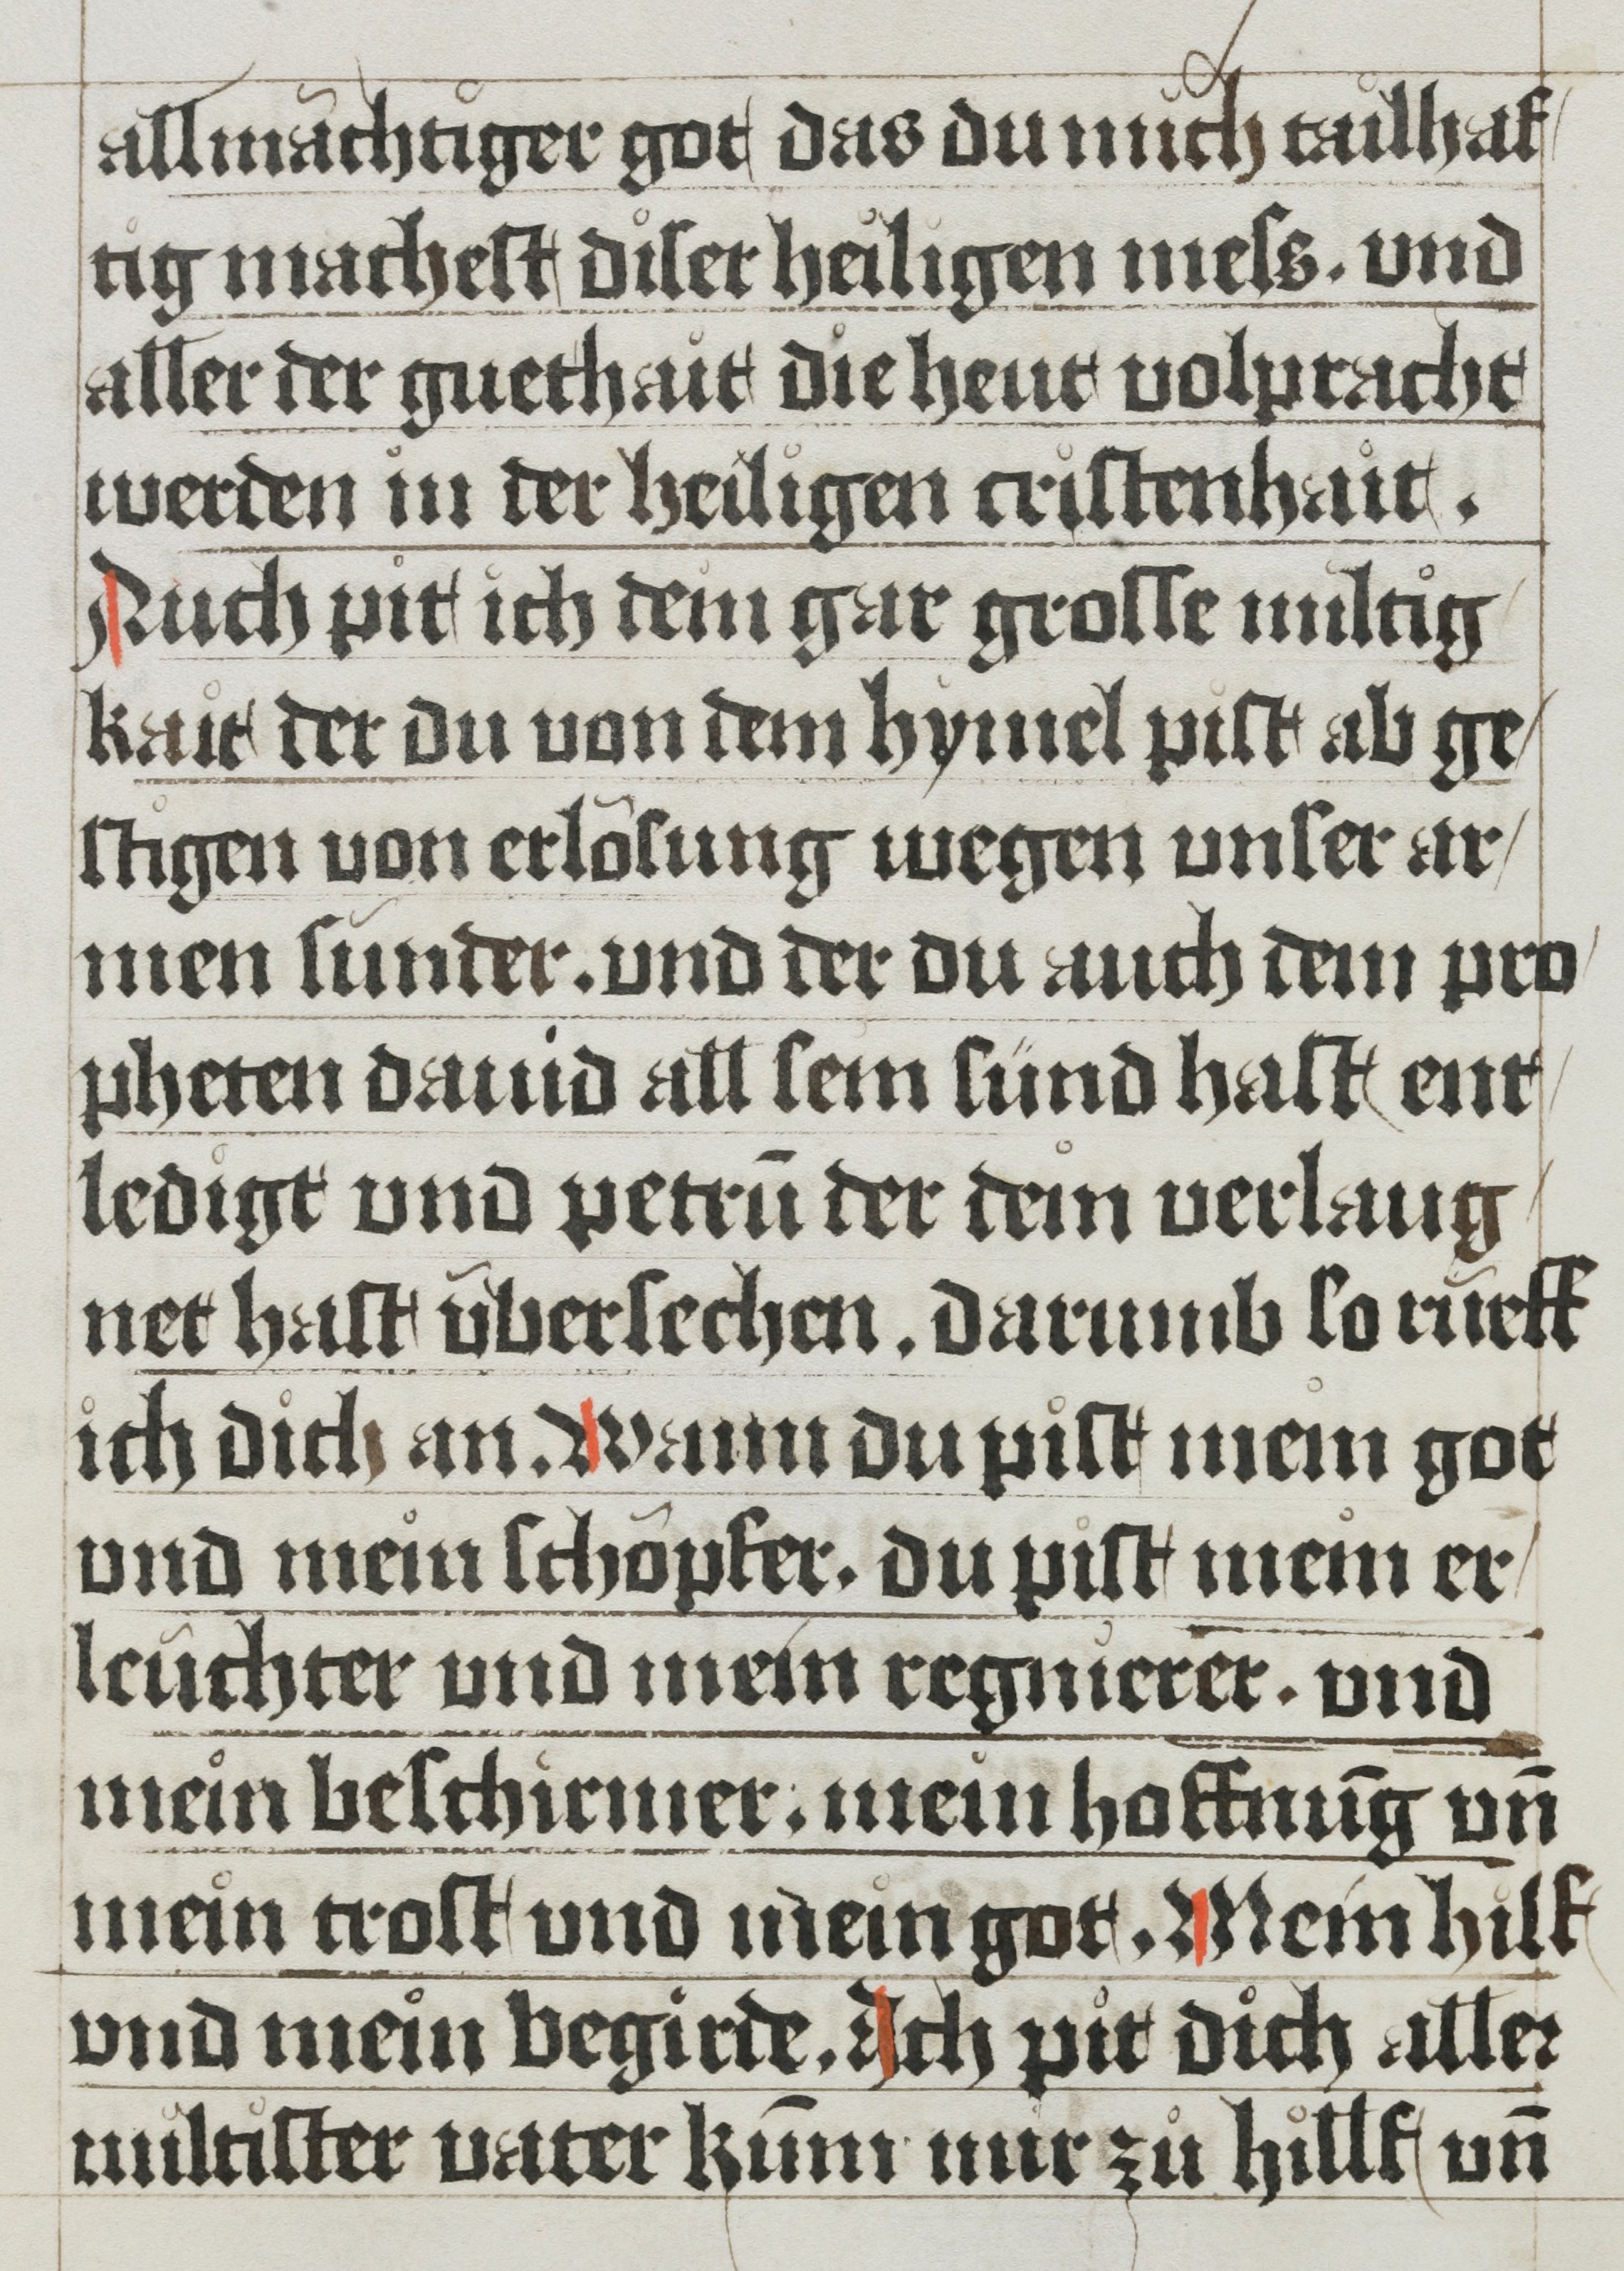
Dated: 1485–1535